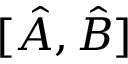
[ \hat { A } , \hat { B } ]